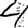
Digit: 4